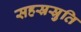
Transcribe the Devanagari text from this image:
सहस्रस्रुति